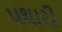
પથારી